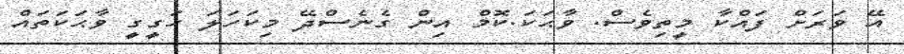
އޭ ވަރަށް ފައްކާ މީތިވެސް. ވާޙަކަ.ކޮމް އިން ގެނެސްދޭ މިކަހަލަ ހަގީގީ ވާޙަކަތައް